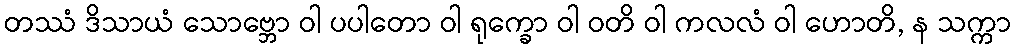
တဿံ ဒိသာယံ သောဗ္ဘော ဝါ ပပါတော ဝါ ရုက္ခော ဝါ ဝတိ ဝါ ကလလံ ဝါ ဟောတိ, န သက္ကာ